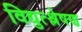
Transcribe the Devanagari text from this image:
विद्युत्श्लेषण